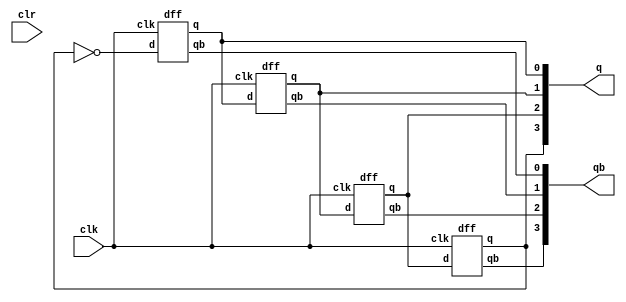
`timescale 1ns / 1ps
//////////////////////////////////////////////////////////////////////////////////
// Company: 
// Engineer: 
// 
// Design Name: 
// Module Name:    johnsoncounter 
// Project Name: 
// Target Devices: 
// Tool versions: 
// Description: 
//
// Dependencies: 
//
// Revision: 
// Revision 0.01 - File Created
// Additional Comments: 
//
//////////////////////////////////////////////////////////////////////////////////
module johnsoncounter(
    input clk,
    input clr,
    output [3:0] q,
    output [3:0] qb
    );
	 wire w1;
	 not n1(w1,q[3]);
dff d3 (clk,q[2],q[3],qb[3]);
dff d2 (clk,q[1],q[2],qb[2]);
dff d1 (clk,q[0],q[1],qb[1]);
dff d0 (clk,w1,q[0],qb[0]);

endmodule
module dff(input clk,input d,output reg q,output reg qb);
initial begin q=0 ;qb=1 ;end
always @(posedge clk)
begin
casex({d})
1'b0: begin q=0;qb=1; end
1'b1: begin q=1;qb=0; end
endcase
end
endmodule